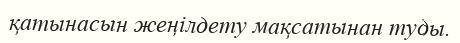
қатынасын жеңілдету мақсатынан туды.